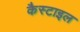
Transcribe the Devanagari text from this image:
कैस्टाइल